Vaccination in Bombay 1874-1876 - 1874-1876
Year: 1874
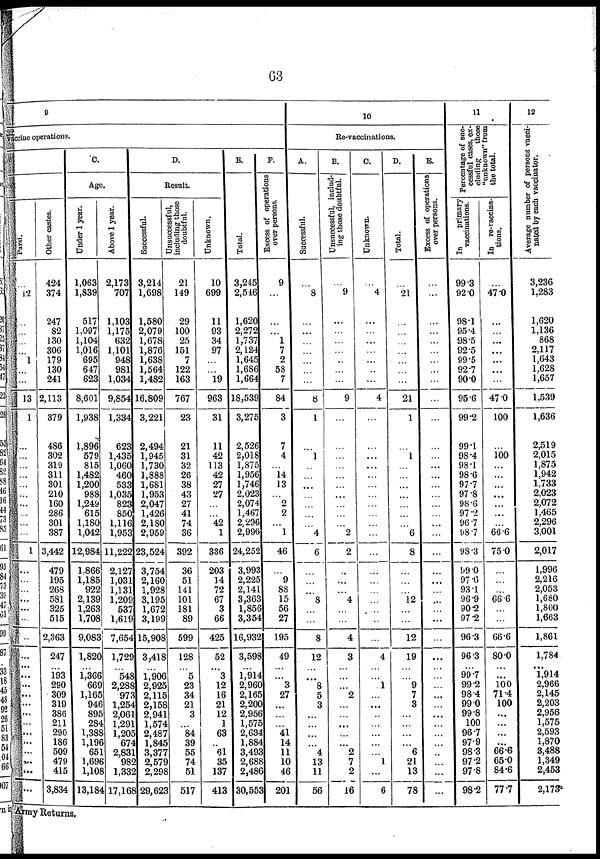
63
9
vaccine operations.
Parsi.
...
12
...
...
...
...
1
...
...
13
1
...
...
...
...
...
...
...
...
...
...
1
...
...
...
...
...
...
...
...
...
...
...
...
...
...
...
...
...
...
...
...
...
Other castes.
424
374
247
82
130
306
179
130
241
2,113
379
486
302
319
311
301
210
160
286
301
387
3,442
479
195
268
581
325
515
2,363
247
...
193
290
309
319
386
211
290
186
509
479
415
3,834
C.
Age.
Under 1 year.
1,063
1,839
517
1,097
1,104
1,016
695
647
623
8,601
1,938
1,896
579
815
1,482
1,200
988
1,249
615
1,180
1,042
12,984
1,866
1,185
922
2,139
1,263
1,708
9,083
1,820
...
1,366
669
1,165
946
895
284
1,388
1,196
651
1,696
1,108
13,184
Above 1 year.
2,173
707
1,103
1,175
632
1,101
948
981
1,034
9,854
1,334
623
1,435
1,060
460
533
1,035
823
850
1,116
1,953
11,222
2,127
1,031
1,131
1,209
537
1,619
7,654
1,725
...
548
2,288
973
1,254
2,061
1,29
1,205
674
2,831
982
1,332
17,168
D.
Result.
Successful.
3,214
1,698
1,580
2,079
1,678
1,876
1,638
1,564
1,482
16,809
3,221
2,494
1,945
1,730
1,888
1,681
1,953
2,047
1,426
2,180
2,959
23,524
3,754
2,160
1,928
3,195
1,672
3,199
15,908
3,418
...
1,906
2,925
2,115
2,158
2,941
1,574
2,487
1,845
3,377
2,579
2,298
29,623
Unsuccessful,
including those
doubtful.
21
149
29
100
25
151
7
122
163
767
23
21
31
32
26
38
43
27
41
74
36
392
36
51
141
101
181
89
599
128
...
5
23
34
21
3
...
84
39
55
74
51
517
Unknown.
10
699
11
93
34
97
...
...
19
963
31
11
42
113
42
27
27
...
...
42
1
336
203
14
72
67
3
66
425
52
...
3
12
16
21
12
1
63
...
61
35
137
413
E.
Total.
3,245
2,516
1,620
2,272
1,737
2,124
1,645
1,686
1,664
18,539
3,275
2,526
2,018
1,875
1,956
1,746
2,023
2,074
1,467
2,296
2,996
24,252
3,993
2,225
2,141
3,363
1,856
3,354
16,932
3,598
...
1,914
2,960
2,165
2,200
2,956
1,575
2,634
1,884
3,493
2,688
2,486
30,553
F.
Excess of operations
over persons.
9
...
...
...
1
7
2
58
7
84
3
7
4
...
14
13
...
2
2
...
1
46
...
9
88
15
56
27
195
49
...
...
3
27
...
...
...
41
14
11
10
46
201
10
Re-vaccinations.
A.
Successful.
...
8
...
...
...
...
...
...
...
8
1
...
1
...
...
...
...
...
...
...
4
6
...
...
...
8
...
...
8
12
...
...
8
5
3
...
...
...
...
4
13
11
56
B.
Unsuccessful, includ-
ing those doubtful.
...
9
...
...
...
...
...
...
...
9
...
...
...
...
...
...
...
...
...
...
2
2
...
...
...
4
...
...
4
3
...
...
...
2
...
...
...
...
...
2
7
2
16
C.
Unknown.
...
4
...
...
...
...
...
...
...
4
...
...
...
...
...
...
...
...
...
...
...
...
...
...
...
...
...
...
...
4
...
...
1
...
...
...
...
...
...
...
1
...
6
D.
Total.
...
21
...
...
...
...
...
...
...
21
1
...
1
...
...
...
...
...
...
...
6
8
...
...
...
12
...
...
12
19
...
...
9
7
3
...
...
...
...
6
21
13
78
E.
Excess of operations
over persons.
...
...
...
...
...
...
...
...
...
...
...
...
...
...
...
...
...
...
...
...
...
...
...
...
...
...
...
...
...
...
...
...
...
...
...
...
...
...
...
...
...
...
...
11
Percentage of suc-
cessful cases, ex-
cluding
those
"unknown" from
the total.
In
primary
vaccinations.
99.3
92.0
98.1
95.4
98.5
92.5
99.5
92.7
90.0
95.6
99.2
99.1
98.4
98.1
98.6
97.7
97.8
98.6
97.2
96.7
98.7
98.3
99.0
97.6
93.1
96.9
90.2
97.2
96.0
96.3
...
99.7
99.2
98.4
99.0
99.8
100
96.7
97.9
98.3
97.2
97.8
98.2
In re-vaccina-
tions.
...
47.0
...
...
...
...
...
...
...
47.0
100
...
100
...
...
...
...
...
...
...
66.6
75.0
...
...
...
66.6
...
...
66.6
80.0
...
...
100
71.4
100
...
...
...
...
66.6
65.0
84.6
77.7
12
Average number of persons vacci-
nated by each vaccinator.
3,236
1,283
1,620
1,136
868
2,117
1,643
1,628
1,657
1,539
1,636
2,519
2,015
1,875
1,942
1,733
2,023
2,072
1,465
2,296
3,001
2,017
1,996
2,216
2,053
1,680
1,800
1,663
1,861
1,784
...
1,914
2,966
2,145
2,203
2,956
1,575
2,593
1,870
3,488
1,349
2,453
2,173
Army Returns.